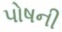
પોષની